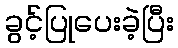
ခွင့်ပြုပေးခဲ့ပြီး